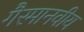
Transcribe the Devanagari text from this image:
गैरमानवीय